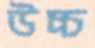
উচ্চ